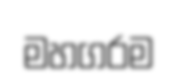
මහගරම